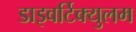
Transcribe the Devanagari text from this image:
डाइवर्टिक्युलम